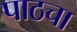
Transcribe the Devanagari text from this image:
पाठचा